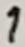
Text: 1